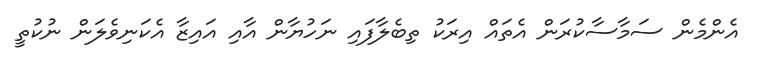
އެންމެން ސަމާސާކުރަން އެތައް އިރަކު ތިބެލާފައި ނަހުޔާން އާއި އައިޒާ އެކަނިވެލަން ނުކުތީ